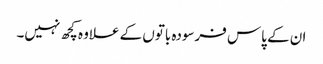
ان کے پاس فرسودہ باتوں کے علاوہ کچھ نہیں۔